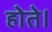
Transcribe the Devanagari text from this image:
होेते।